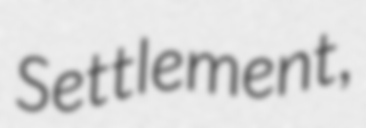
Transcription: Settlement,